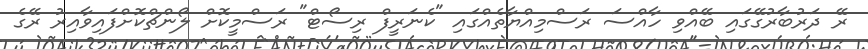
ރޭ ދަރުބާރުގޭގައި ބޭއްވި ހާއްސަ ރަސްމިއްޔާތެއްގައި "ކެނަރީފް ރިސޯޓް" ރަސްމީކޮށް ލޯންޗްކޮށްފައިވާއިރު ރޭގެ